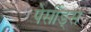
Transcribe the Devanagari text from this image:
पेर्सीड्स